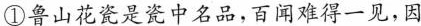
①鲁山花瓷是瓷中名品，百闻难得一见，因